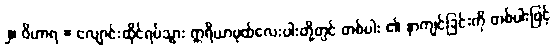
၂။ ဝိဟာရ = လျောင်းထိုင်ရပ်သွား ဣရိယာပုထ်လေးပါးတို့တွင် တစ်ပါး ၏ နာကျင်ခြင်းကို တစ်ပါးဖြင့်